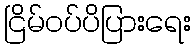
ငြိမ်ဝပ်ပိပြားရေး